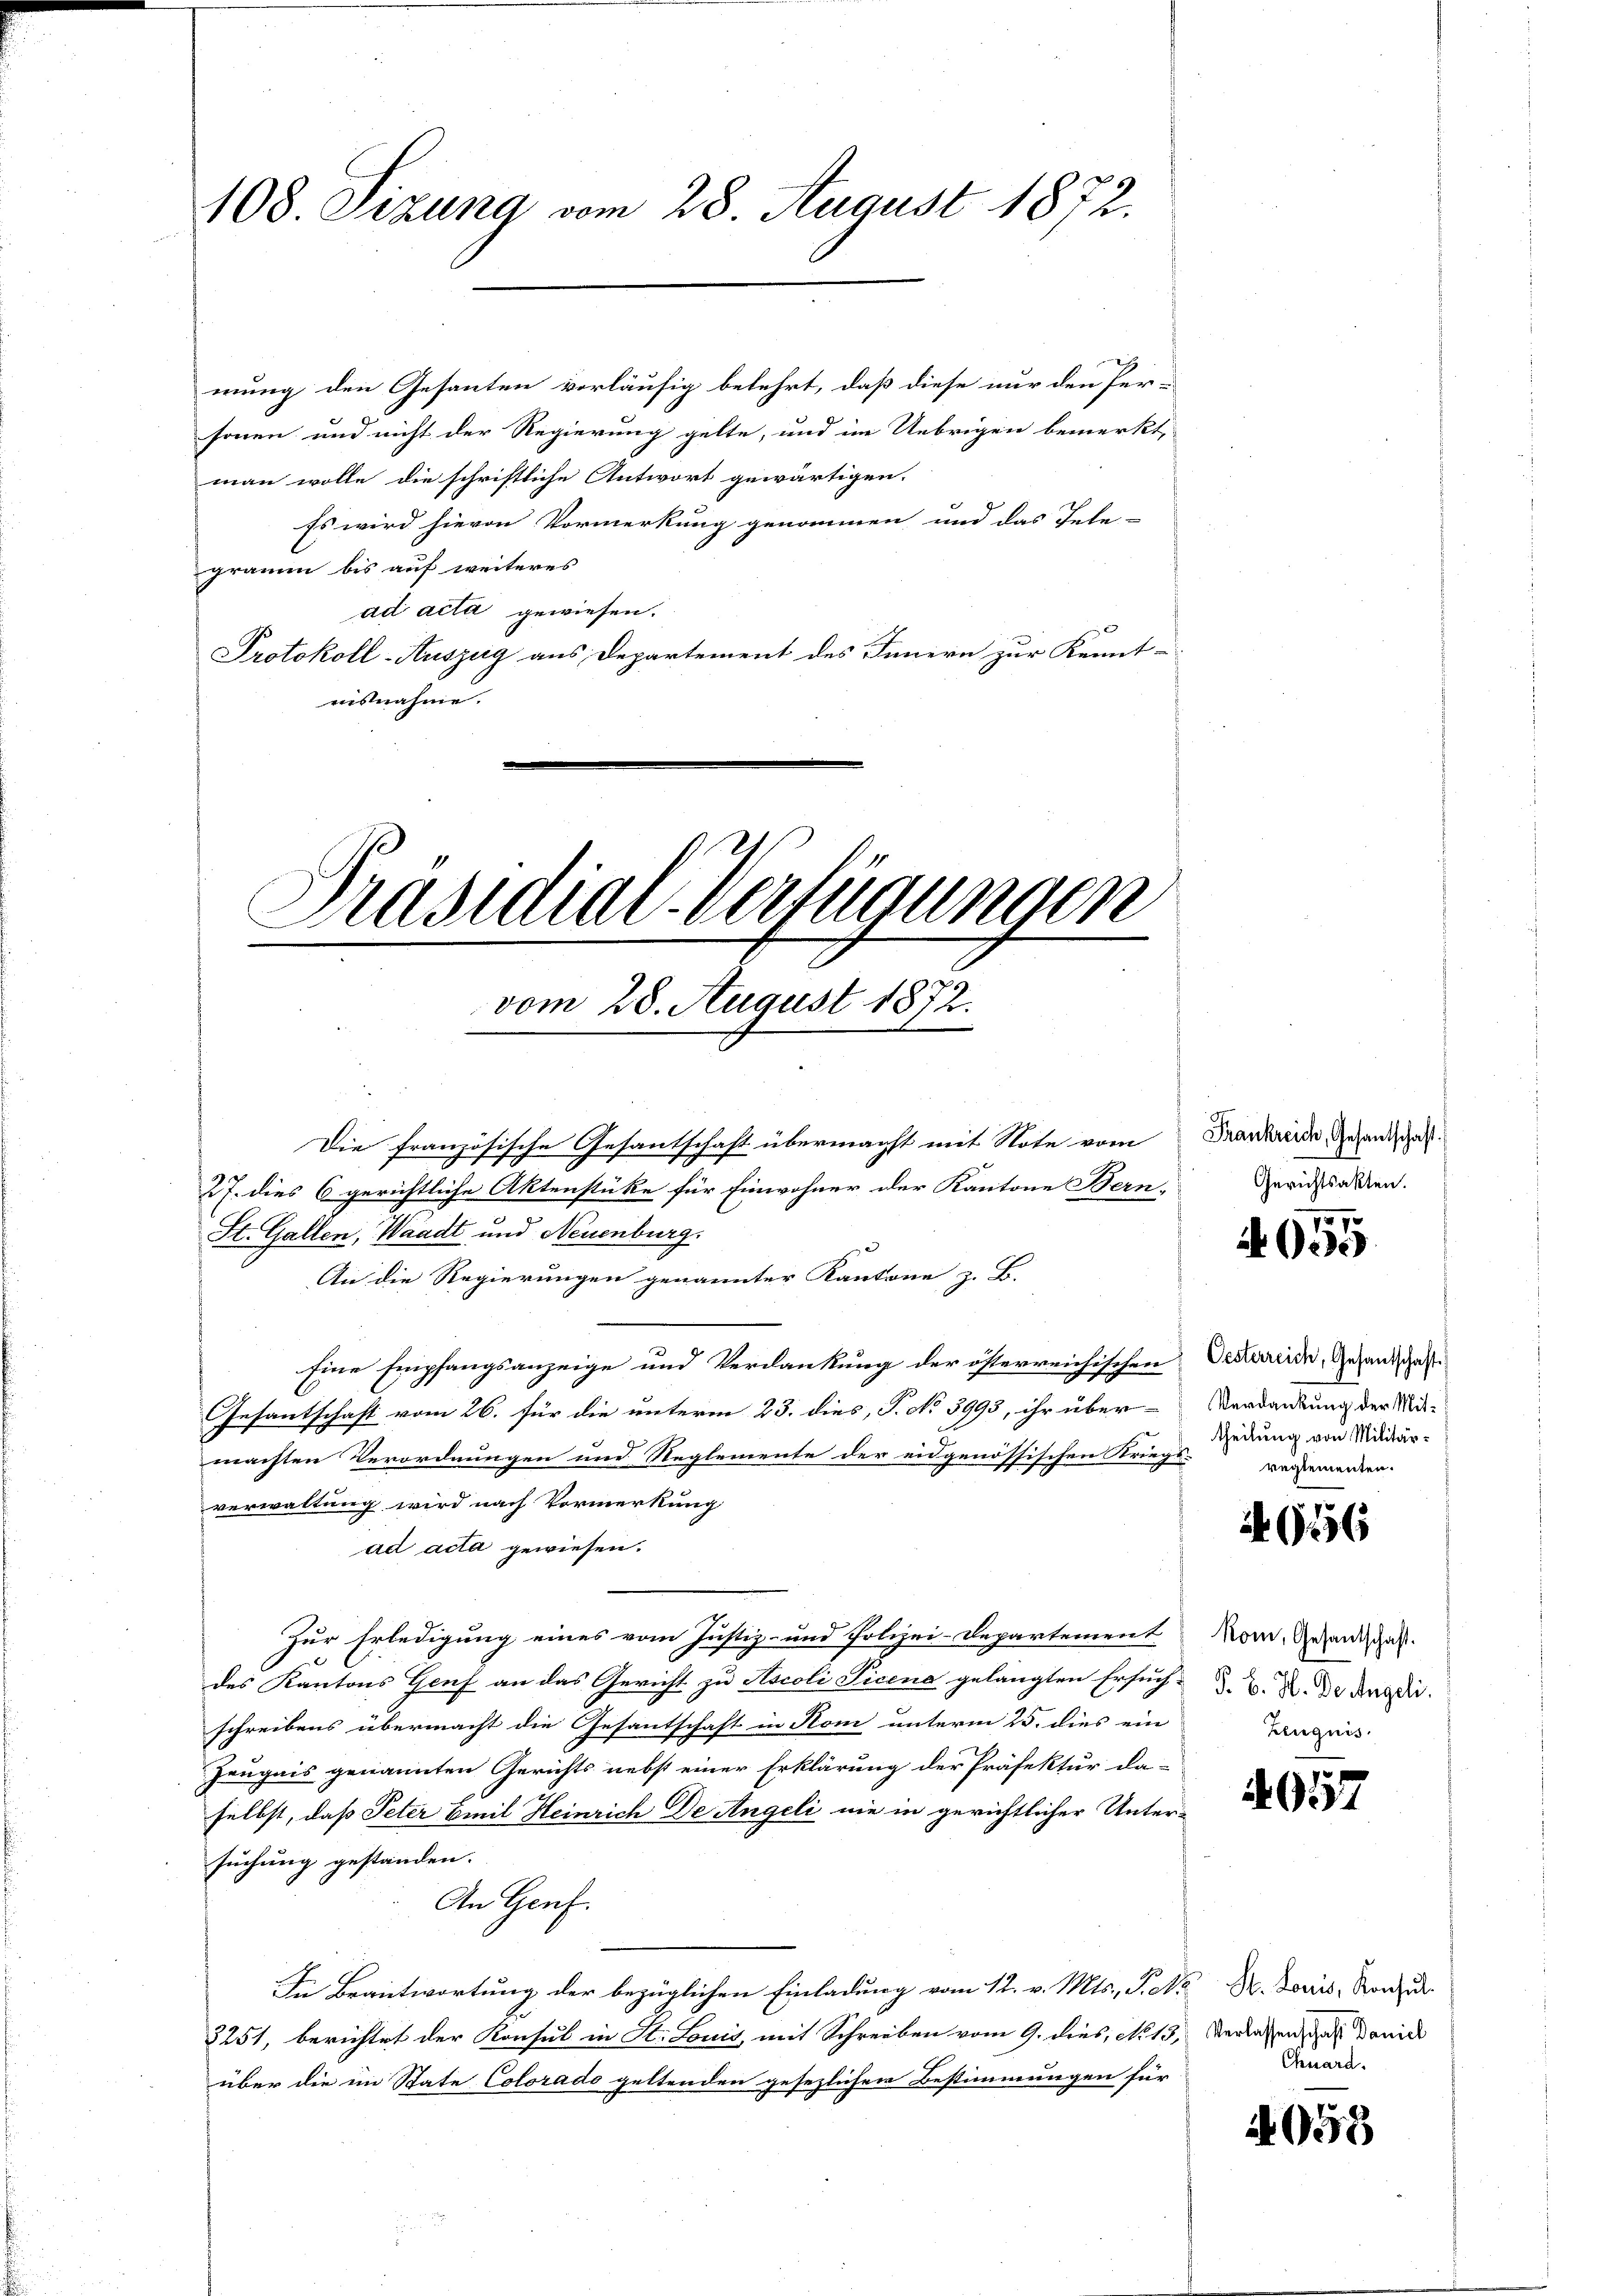
108. Sizung vom 28. August 1872.

mung den Gesanten vorläufig belehrt, daß diese nur den Personen und nicht der Regierung gelte, und im Uebrigen bemerkt,
man wolle die schriftliche Antwort gewärtigen.
Es wird hievon Vormerkung genommen und das Tele-
graum bis auf weiteres
ad acta gewiesen.
Protokoll-Auszeig aus Departement des Innern zur Kennt-
nisnahme.

Präsidial-Verfügungen
vom 28. August 1872.

Die französische Gesantschaft übermacht mit Note vom
27. dies 6 gerichtliche Aktenstüke für Einwohner der Kantone Bern-
St. Gallen, Waadt und Neuenburg.
An die Regierungen genannter Kantone z. B.
Eine Empfangsanzeige und Verdankung der österreichischen
Gesantschaft vom 26. für die unterm 23. dies, P. No 3993, ihr übermachten Verordnungen und Reglemente der eidgenössischen Kriegs-Angemeiner
verwaltung wird nach Vormerkung
ad acta gewiesen.
Zur Erledigung eines vom Justiz- und Polizei-Departement
des Kantons Genf an das Gericht zu Ascoli Picena gelangten Ersuch-
schreibens übermacht die Gesandtschaft in Rom unterm 25. dies ein
Zeugnis genannten Gerichts nebst einer Erklärung der Präfektur da-
selbst, daß Peter Emil Heinrich De Angeli nie in gerichtlicher Unter-
suchung gestanden.
An Genf.
In Beantwortung der bezüglichen Einladung vom 12. v. Mts., P. M. D. Loris, Konze
3251, berichtet der Konsul in St. Louis, mit Schreiben vom 9. dies, No 13. Verlassen, aus Daniel
über die im State Colorado geltenden gesezlichen Bestimmungen für

Frankreich, Gesantschaft.
Gerichtsakten.

787.
4000

Oesterreich, Gesandschaft.
Verdankung der Mittheilung von Militär¬

AG156

Kom, Gesantschaft.
P. B. H. Der Angeli.
Kliquis.

4957

Chnard.

4093